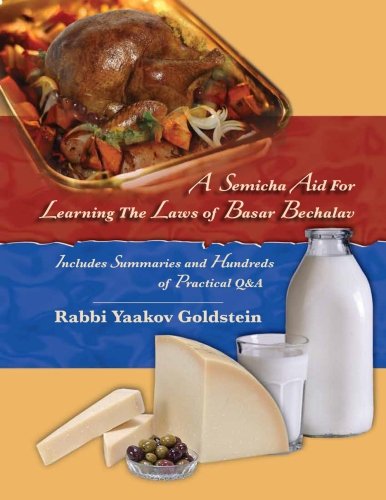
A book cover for A Semicha Aid For Learning The Laws of Basar Bechalav; Rabbi Yaakov Goldstein; Religion & Spirituality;